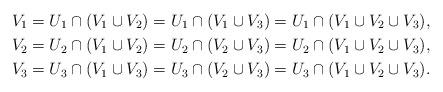
LaTeX: \begin{align*}V_1 &= U_1 \cap ( V_1 \cup V_2 ) = U_1 \cap ( V_1 \cup V_3 ) = U_1 \cap ( V_1 \cup V_2 \cup V_3 ), \\V_2 &= U_2 \cap ( V_1 \cup V_2 ) = U_2 \cap ( V_2 \cup V_3 ) = U_2 \cap ( V_1 \cup V_2 \cup V_3 ), \\V_3 &= U_3 \cap ( V_1 \cup V_3 ) = U_3 \cap ( V_2 \cup V_3 ) = U_3 \cap ( V_1 \cup V_2 \cup V_3 ).\end{align*}